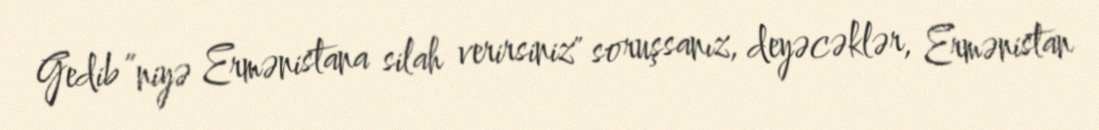
Gedib ”niyə Ermənistana silah verirsiniz" soruşsanız, deyəcəklər, Ermənistan